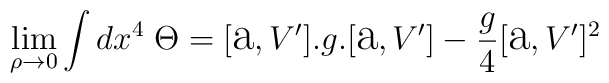
\lim_{\rho\to0}\int dx^{4}\;\Theta=[\hbox{\Large a},V'].g.[\hbox{\Large a},V']-\frac{g}{4}[\hbox{\Large a},V']^{2}